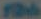
Tils